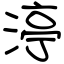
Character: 渟